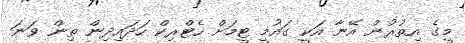
މީގެ އިތުރުން އޭނާ އަކީ ގައުމީ ޓީމަށް ހެޓްރިކް ހަދައިދިން ތިން ވަނަ